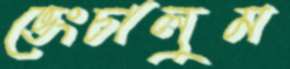
ভেংচালুম